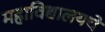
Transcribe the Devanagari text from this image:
महाविद्यालयचे